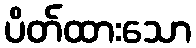
ပိတ်ထားသော